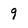
Character: 9